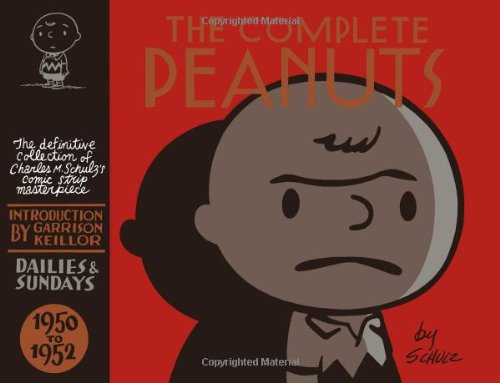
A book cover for The Complete Peanuts 1950-1952 (Vol. 1)  (The Complete Peanuts); Charles M. Schulz; Comics & Graphic Novels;